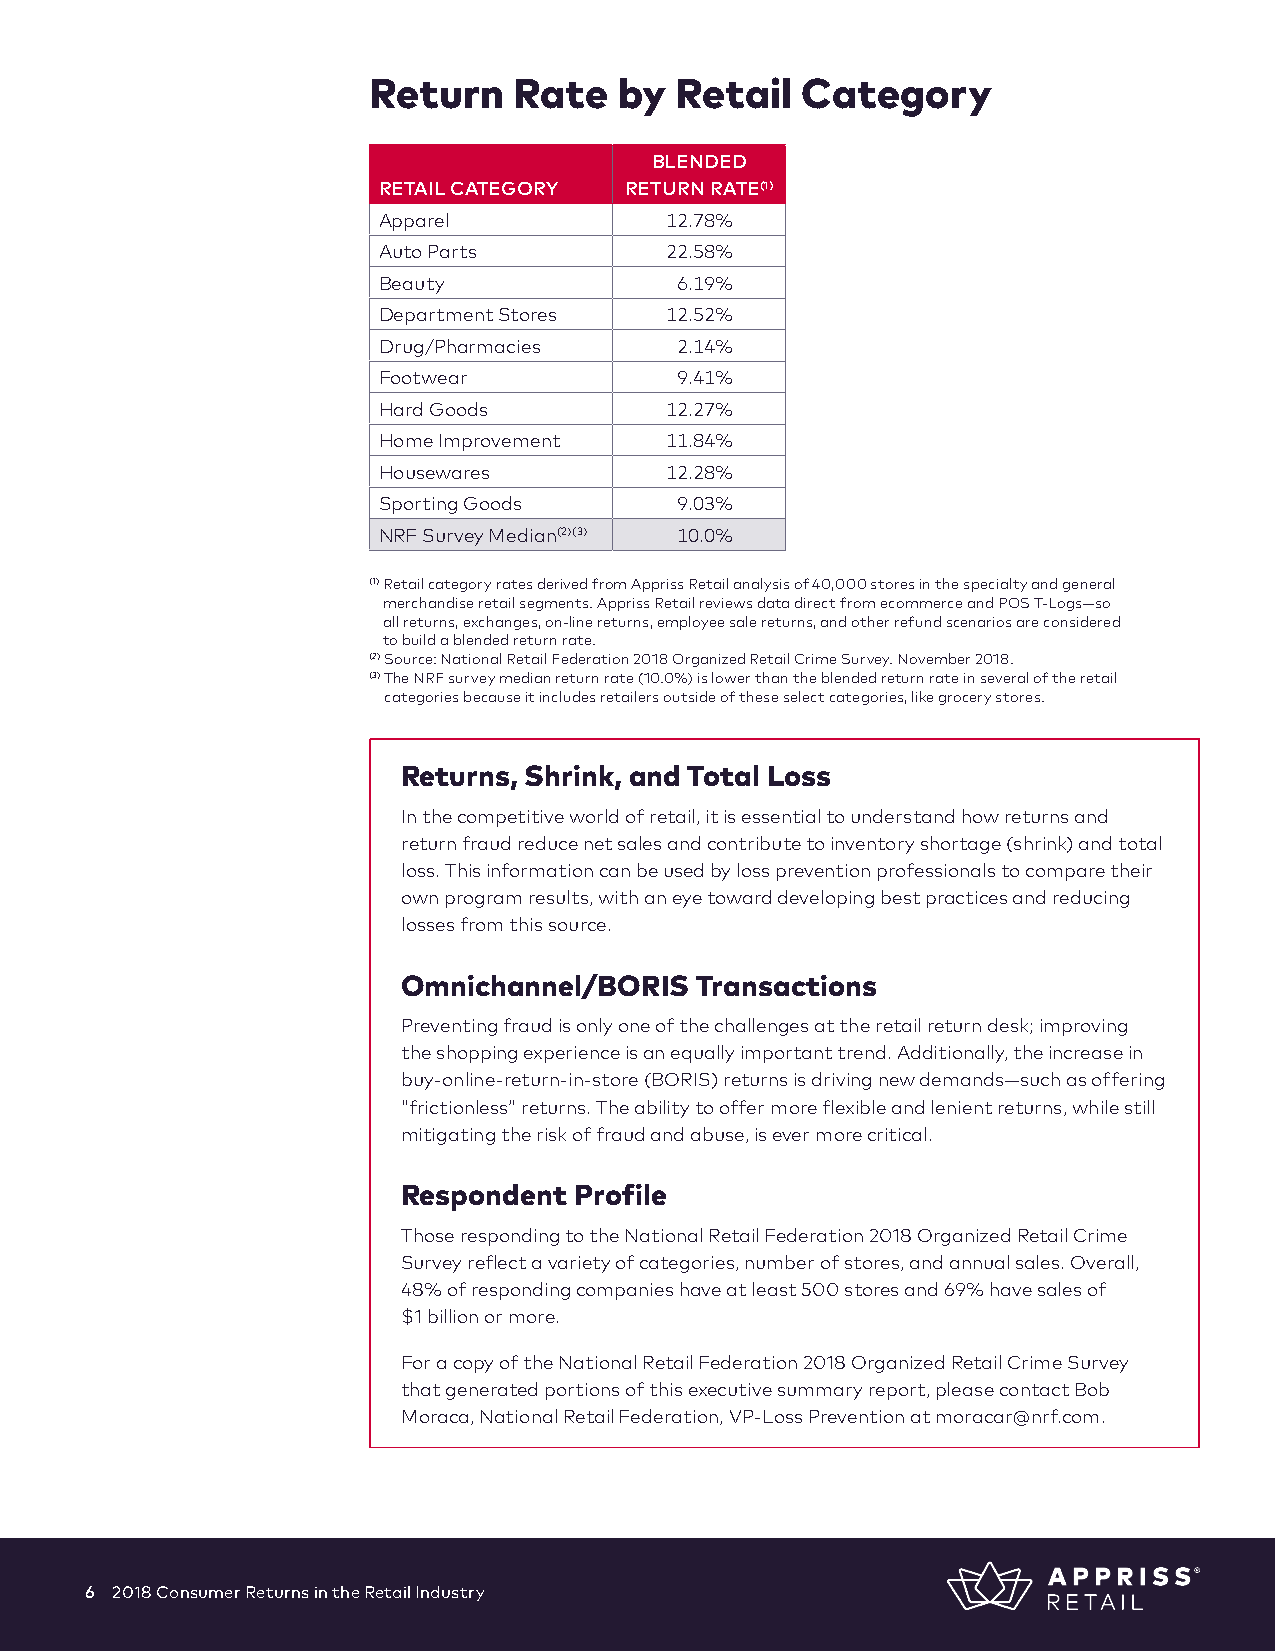
Return    Rate   by  Retail  Category
 BLENDED
 RETAIL CATEGORY RETURN RATE(1)
 Apparel            12.78%
 Auto Parts         22.58%
 Beauty              6.19%
 Department Stores  12.52%
 Drug/Pharmacies     2.14%
 Footwear            9.41%
 Hard Goods         12.27%
 Home Improvement   11.84%
 Housewares         12.28%
 Sporting Goods      9.03%
 NRF Survey Median(2)(3) 10.0%
 (1) Retail category rates derived from Appriss Retail analysis of 40,000 stores in the specialty and general
 merchandise retail segments. Appriss Retail reviews data direct from ecommerce and POS T-Logs—so
 all returns, exchanges, on-line returns, employee sale returns, and other refund scenarios are considered
 to build a blended return rate.
 (2) Source: National Retail Federation 2018 Organized Retail Crime Survey. November 2018.
 (3) The NRF survey median return rate (10.0%) is lower than the blended return rate in several of the retail
 categories because it includes retailers outside of these select categories, like grocery stores.
 Returns, Shrink, and Total Loss
 In the competitive world of retail, it is essential to understand how returns and
 return fraud reduce net sales and contribute to inventory shortage (shrink) and total
 loss. This information can be used by loss prevention professionals to compare their
 own program results, with an eye toward developing best practices and reducing
 losses from this source.
 Omnichannel/BORIS  Transactions
 Preventing fraud is only one of the challenges at the retail return desk; improving
 the shopping experience is an equally important trend. Additionally, the increase in
 buy-online-return-in-store (BORIS) returns is driving new demands—such as offering
 “frictionless” returns. The ability to offer more flexible and lenient returns, while still
 mitigating the risk of fraud and abuse, is ever more critical.
 Respondent Profile
 Those responding to the National Retail Federation 2018 Organized Retail Crime
 Survey reflect a variety of categories, number of stores, and annual sales. Overall,
 48% of responding companies have at least 500 stores and 69% have sales of
 $1 billion or more.
 For a copy of the National Retail Federation 2018 Organized Retail Crime Survey
 that generated portions of this executive summary report, please contact Bob
 Moraca, National Retail Federation, VP-Loss Prevention at moracar@nrf.com.
 6 2018 Consumer Returns in the Retail Industry